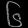
Digit: ၆